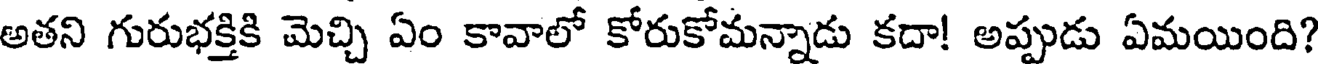
అతని గురుభక్తికి మెచ్చి ఏం కావాలో కోరుకోమన్నాడు కదా! అప్పుడు ఏమయింది?